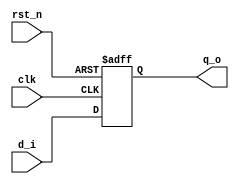
`timescale 1ns / 1ps

module reg_param
#(
parameter N = 32    
)
(
    input [N-1:0]d_i,
    input rst_n,
    input clk,
    output [N-1:0] q_o
);

    reg [N-1:0] q ;
    
    always@(posedge clk, negedge rst_n)begin
        if(rst_n == 1'b0)begin
            q <= {N{1'b0}} ;
        end
        else begin
            q <= d_i ;
        end
    end

    assign q_o = q ;

endmodule